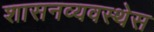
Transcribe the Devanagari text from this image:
शासनव्यवस्थेस